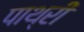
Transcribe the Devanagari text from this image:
पाथ्री